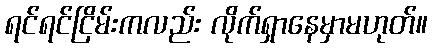
ရင်ရင်ငြိမ်းကလည်း လိုက်ရှာနေမှာမဟုတ်။